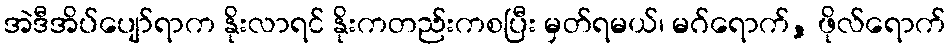
အဲဒီအိပ်ပျော်ရာက နိုးလာရင် နိုးကတည်းကစပြီး မှတ်ရမယ်၊ မဂ်ရောက်, ဖိုလ်ရောက်